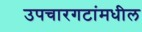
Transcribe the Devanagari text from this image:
उपचारगटांमधील